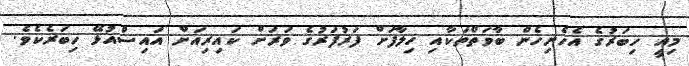
މިއީ ހިބަރުގެ އެހެނިހެން ބާވަތްތަކާއި ޚިލާފަށް ފަރުފަރުގެ ވަރަށް ކައިރިއަށް އައިސްއުޅޭ ހިބަރެކެވެ.